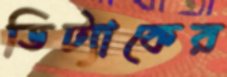
ডিট্যাকের